Annual administration report of the Civil Veterinary Department, Sind - 1939-1940
Year: 1939
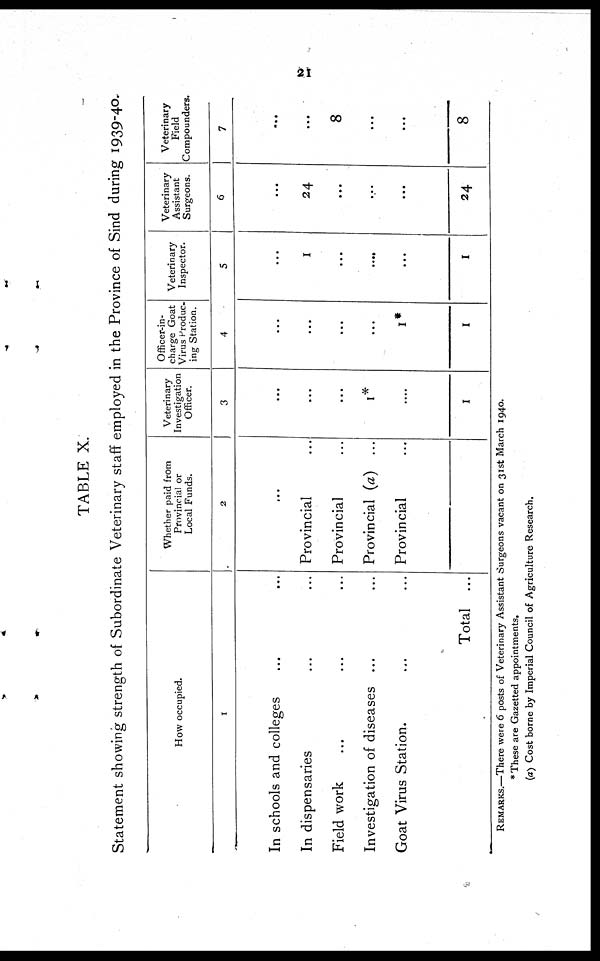
21
TABLE X.
Statement showing strength of Subordinate Veterinary staff employed in the Province of Sind during 1939-40.
How occupied.
1
In schools and colleges ... ...
In dispensaries
...
...
...
Field work
...
...
...
Investigation of diseases ...
...
Goat Virus Station.
...
...
Total ...
Whether paid from
Provincial or
Local Funds.
2
...
Provincial ...
Provincial ...
Provincial (a) ...
Provincial ...
Veterinary
Investigation
Officer.
3
...
...
...
1*
....
1
Officer-in-
charge Goat
Virus Produc-
ing Station.
4
...
...
...
...
1*
1
Veterinary
Inspector.
5
...
1
...
....
...
1
Veterinary
Assistant
Surgeons.
6
...
24
...
...
...
24
Veterinary
Field
Compounders.
7
...
...
8
...
...
8
REMARKS.—There were 6 posts of Veterinary Assistant Surgeons vacant on 31st March 1940.
* These are Gazetted appointments.
(a) Cost borne by Imperial Council of Agriculture Research.